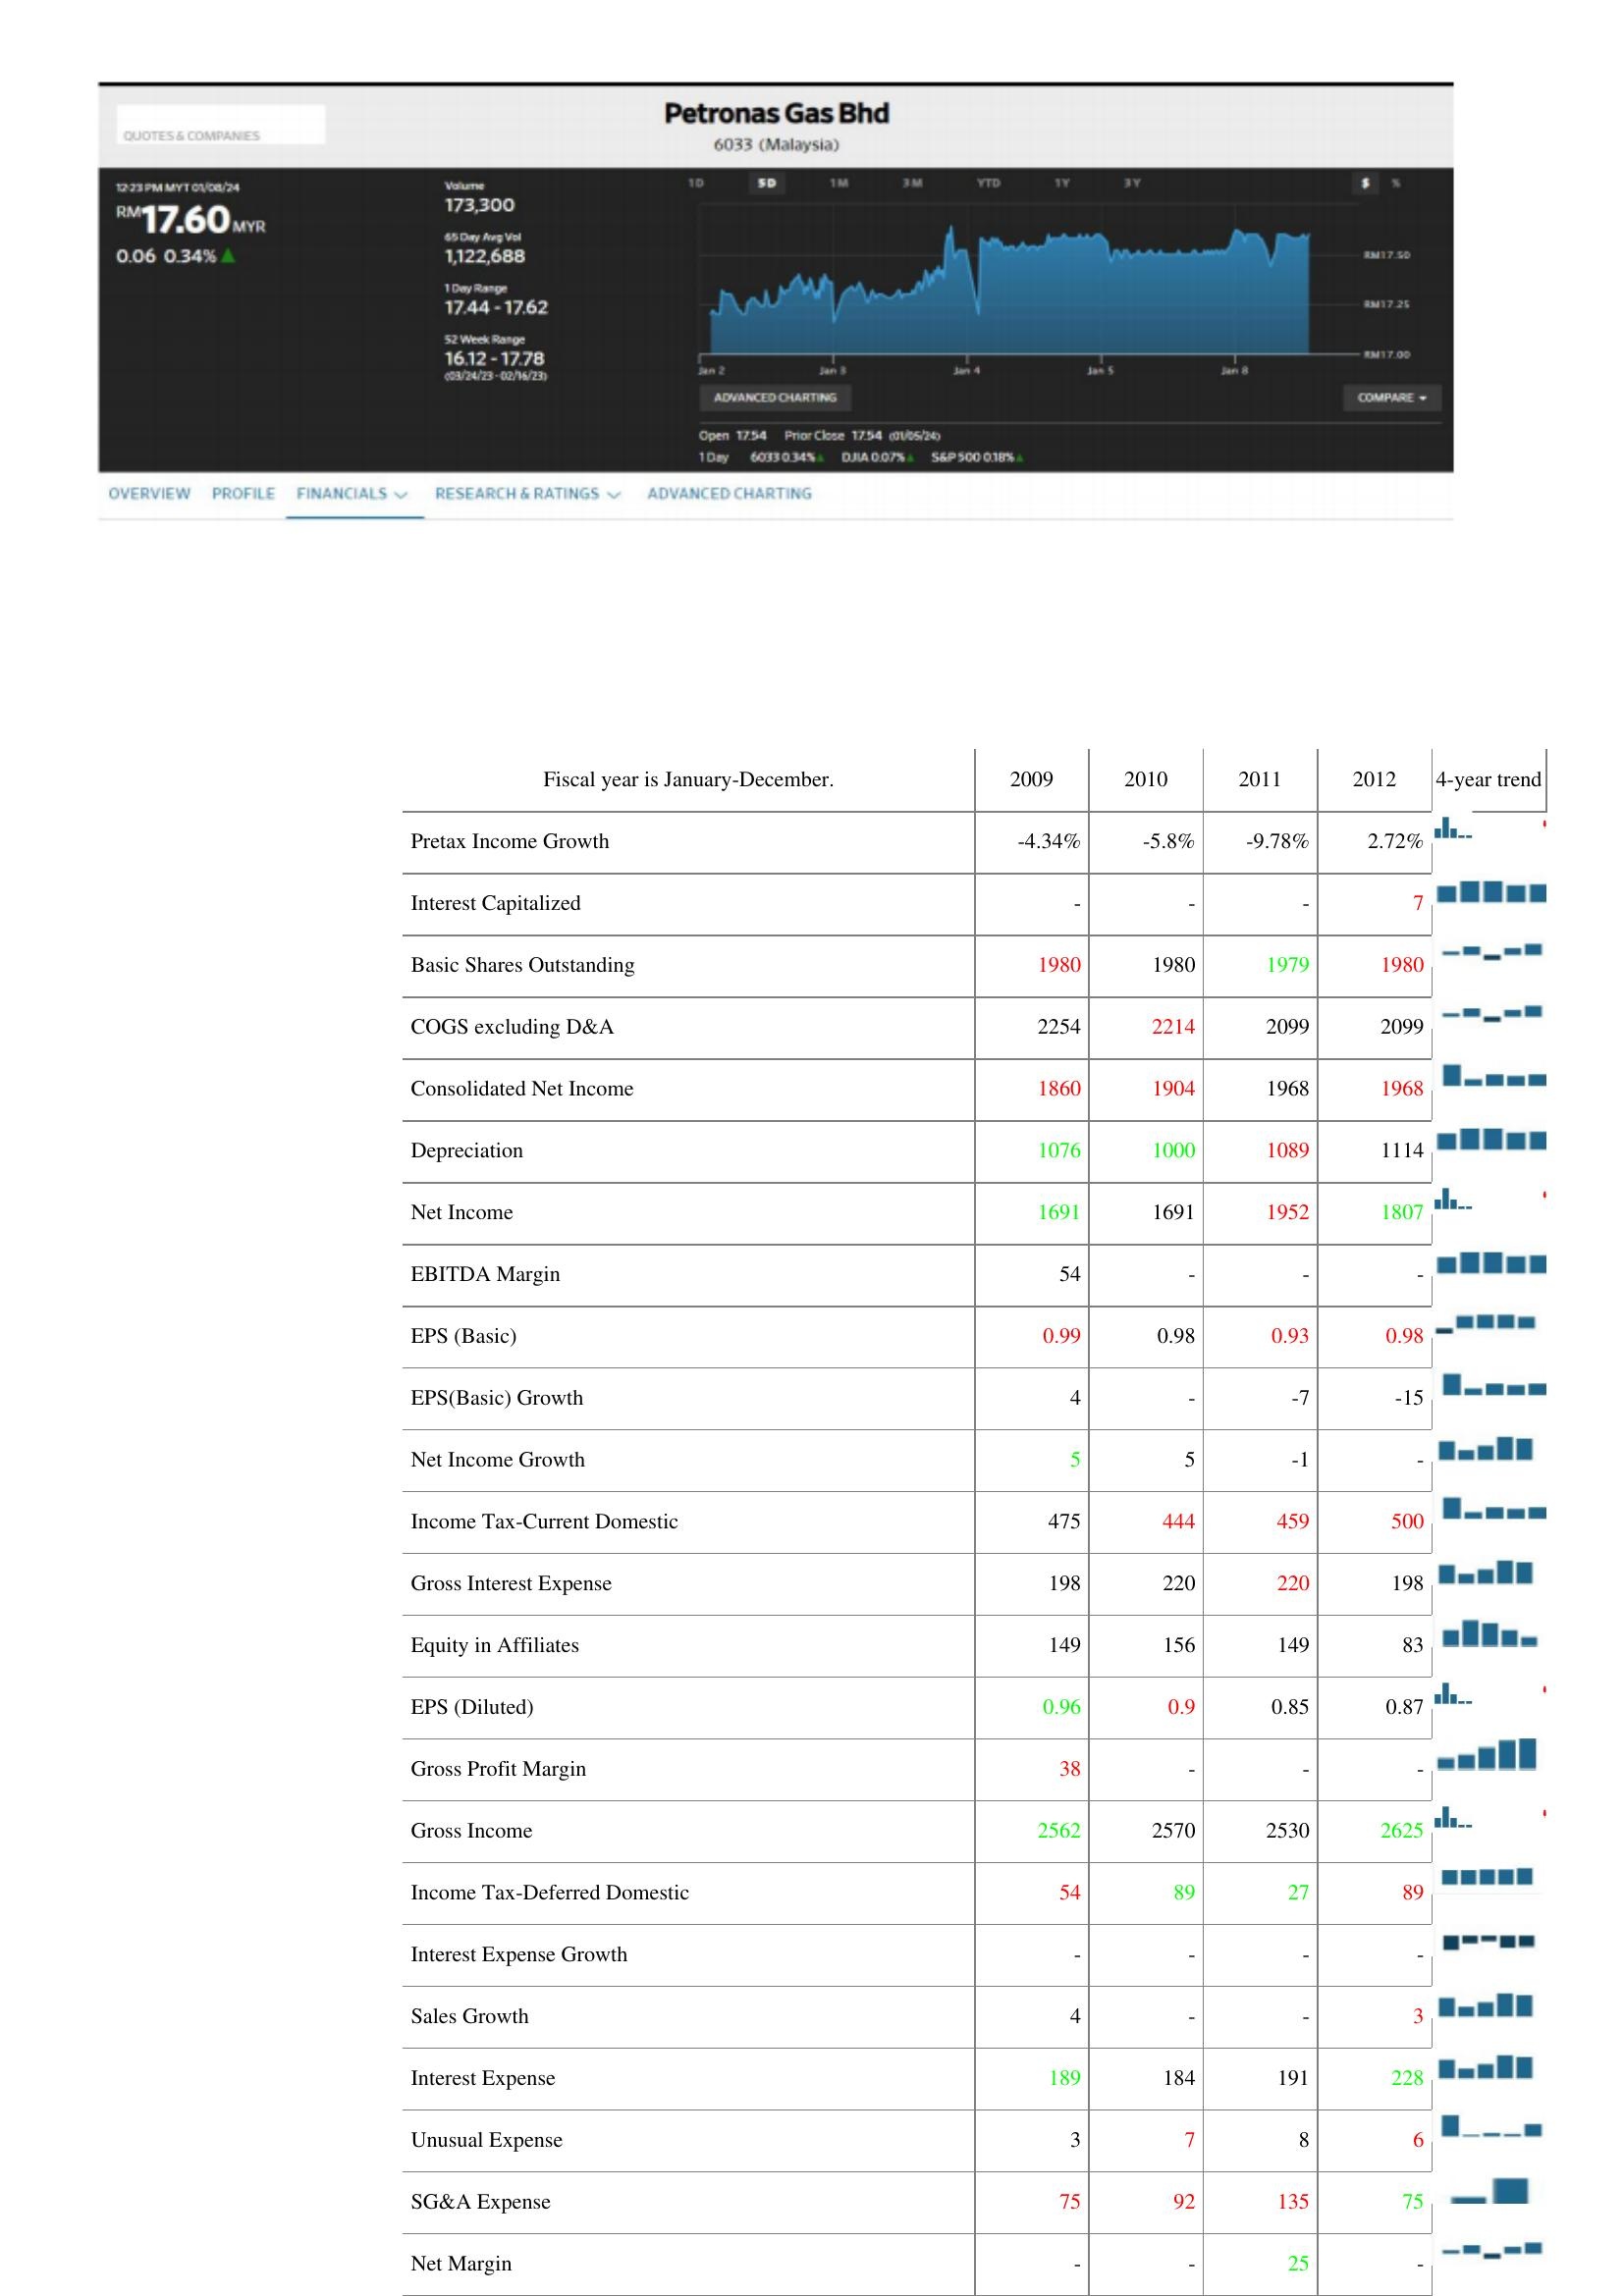
2009: : Pretax Income Growth: -4.34%
Interest Capitalized: -
Basic Shares Outstanding: 1980
COGS excluding D&A: 2254
Consolidated Net Income: 1860
Depreciation: 1076
Net Income: 1691
EBITDA Margin: 54
EPS (Basic): 0.99
EPS(Basic) Growth: 4
Net Income Growth: 5
Income Tax-Current Domestic: 475
Gross Interest Expense: 198
Equity in Affiliates: 149
EPS (Diluted): 0.96
Gross Profit Margin: 38
Gross Income: 2562
Income Tax-Deferred Domestic: 54
Interest Expense Growth: -
Sales Growth: 4
Interest Expense: 189
Unusual Expense: 3
SG&A Expense: 75
Net Margin: -
2010: : Pretax Income Growth: -5.8%
Interest Capitalized: -
Basic Shares Outstanding: 1980
COGS excluding D&A: 2214
Consolidated Net Income: 1904
Depreciation: 1000
Net Income: 1691
EBITDA Margin: -
EPS (Basic): 0.98
EPS(Basic) Growth: -
Net Income Growth: 5
Income Tax-Current Domestic: 444
Gross Interest Expense: 220
Equity in Affiliates: 156
EPS (Diluted): 0.9
Gross Profit Margin: -
Gross Income: 2570
Income Tax-Deferred Domestic: 89
Interest Expense Growth: -
Sales Growth: -
Interest Expense: 184
Unusual Expense: 7
SG&A Expense: 92
Net Margin: -
2011: : Pretax Income Growth: -9.78%
Interest Capitalized: -
Basic Shares Outstanding: 1979
COGS excluding D&A: 2099
Consolidated Net Income: 1968
Depreciation: 1089
Net Income: 1952
EBITDA Margin: -
EPS (Basic): 0.93
EPS(Basic) Growth: -7
Net Income Growth: -1
Income Tax-Current Domestic: 459
Gross Interest Expense: 220
Equity in Affiliates: 149
EPS (Diluted): 0.85
Gross Profit Margin: -
Gross Income: 2530
Income Tax-Deferred Domestic: 27
Interest Expense Growth: -
Sales Growth: -
Interest Expense: 191
Unusual Expense: 8
SG&A Expense: 135
Net Margin: 25
2012: : Pretax Income Growth: 2.72%
Interest Capitalized: 7
Basic Shares Outstanding: 1980
COGS excluding D&A: 2099
Consolidated Net Income: 1968
Depreciation: 1114
Net Income: 1807
EBITDA Margin: -
EPS (Basic): 0.98
EPS(Basic) Growth: -15
Net Income Growth: -
Income Tax-Current Domestic: 500
Gross Interest Expense: 198
Equity in Affiliates: 83
EPS (Diluted): 0.87
Gross Profit Margin: -
Gross Income: 2625
Income Tax-Deferred Domestic: 89
Interest Expense Growth: -
Sales Growth: 3
Interest Expense: 228
Unusual Expense: 6
SG&A Expense: 75
Net Margin: -